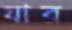
যাব